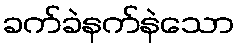
ခက်ခဲနက်နဲသော